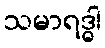
သမာရဒ္ဓါ